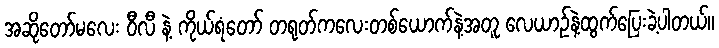
အဆိုတော်မလေး ဝီလီ နဲ့ ကိုယ်ရံတော် တရုတ်ကလေးတစ်ယောက်နဲ့အတူ လေယာဉ်နဲ့ထွက်ပြေးခဲ့ပါတယ်။